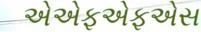
એએફએફએસ